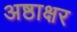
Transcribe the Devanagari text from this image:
अष्ठाक्षर